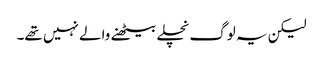
لیکن یہ لوگ نچلے بیٹھنے والے نہیں تھے۔